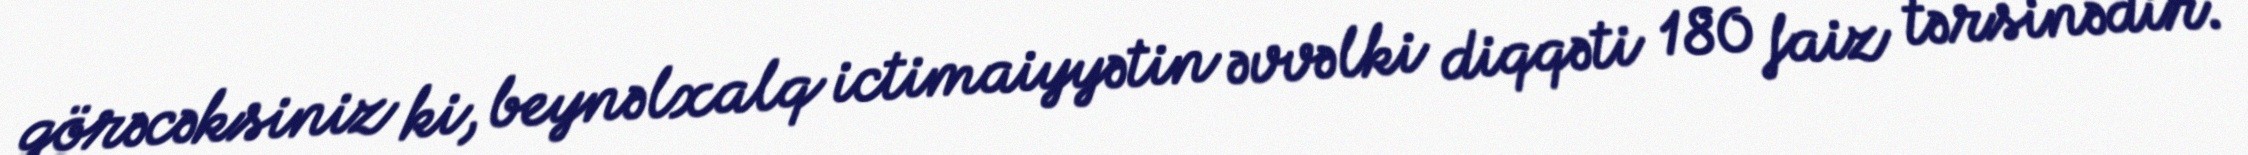
görəcəksiniz ki, beynəlxalq ictimaiyyətin əvvəlki diqqəti 180 faiz tərsinədir.